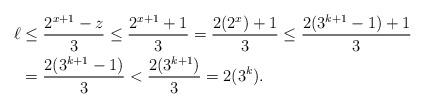
LaTeX: \begin{align*}\ell &\leq \frac{2^{x + 1} - z}{3} \leq \frac{2^{x + 1} + 1}{3} = \frac{2(2^x) + 1}{3} \leq \frac{2(3^{k + 1} - 1) + 1}{3}\\&= \frac{2(3^{k + 1} - 1)}{3} < \frac{2(3^{k + 1})}{3} = 2(3^k).\end{align*}